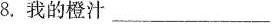
8.我的橙汁___